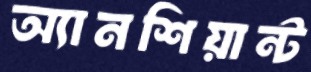
অ্যানশিয়ান্ট